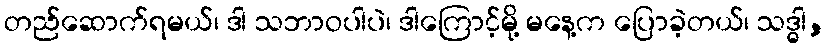
တည်ဆောက်ရမယ်၊ ဒါ သဘာဝပါပဲ၊ ဒါကြောင့်မို့ မနေ့က ပြောခဲ့တယ်၊ သဒ္ဓါ,